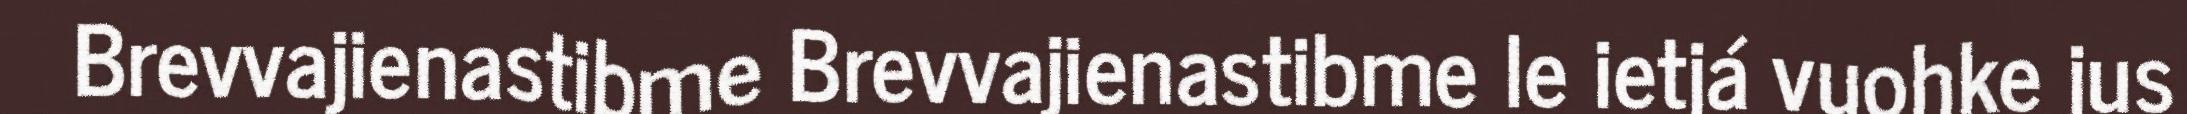
Brevvajienastibme Brevvajienastibme le ietjá vuohke jus